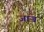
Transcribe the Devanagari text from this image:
जाज्र